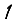
Digit: 1